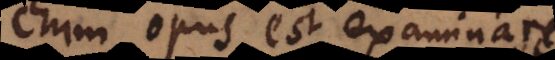
enim opus est examinare